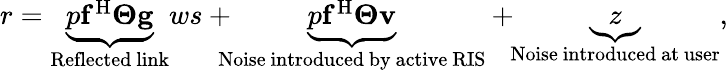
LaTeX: \begin{array}{r}{r=\underbrace{p{{\mathbf{f}}^{\mathrm{H}}}{\mathbf{\Theta g}}}_{{\mathrm{Reflected~link}}}ws+\! \! \! \! \underbrace{p{{\mathbf{f}}^{\mathrm{H}}}{\mathbf{\Theta v}}}_{{\mathrm{Noise~introduced~by~active~RIS}}}+\! \! \underbrace z_{{\mathrm{Noise~introduced~at~user}}},}\end{array}